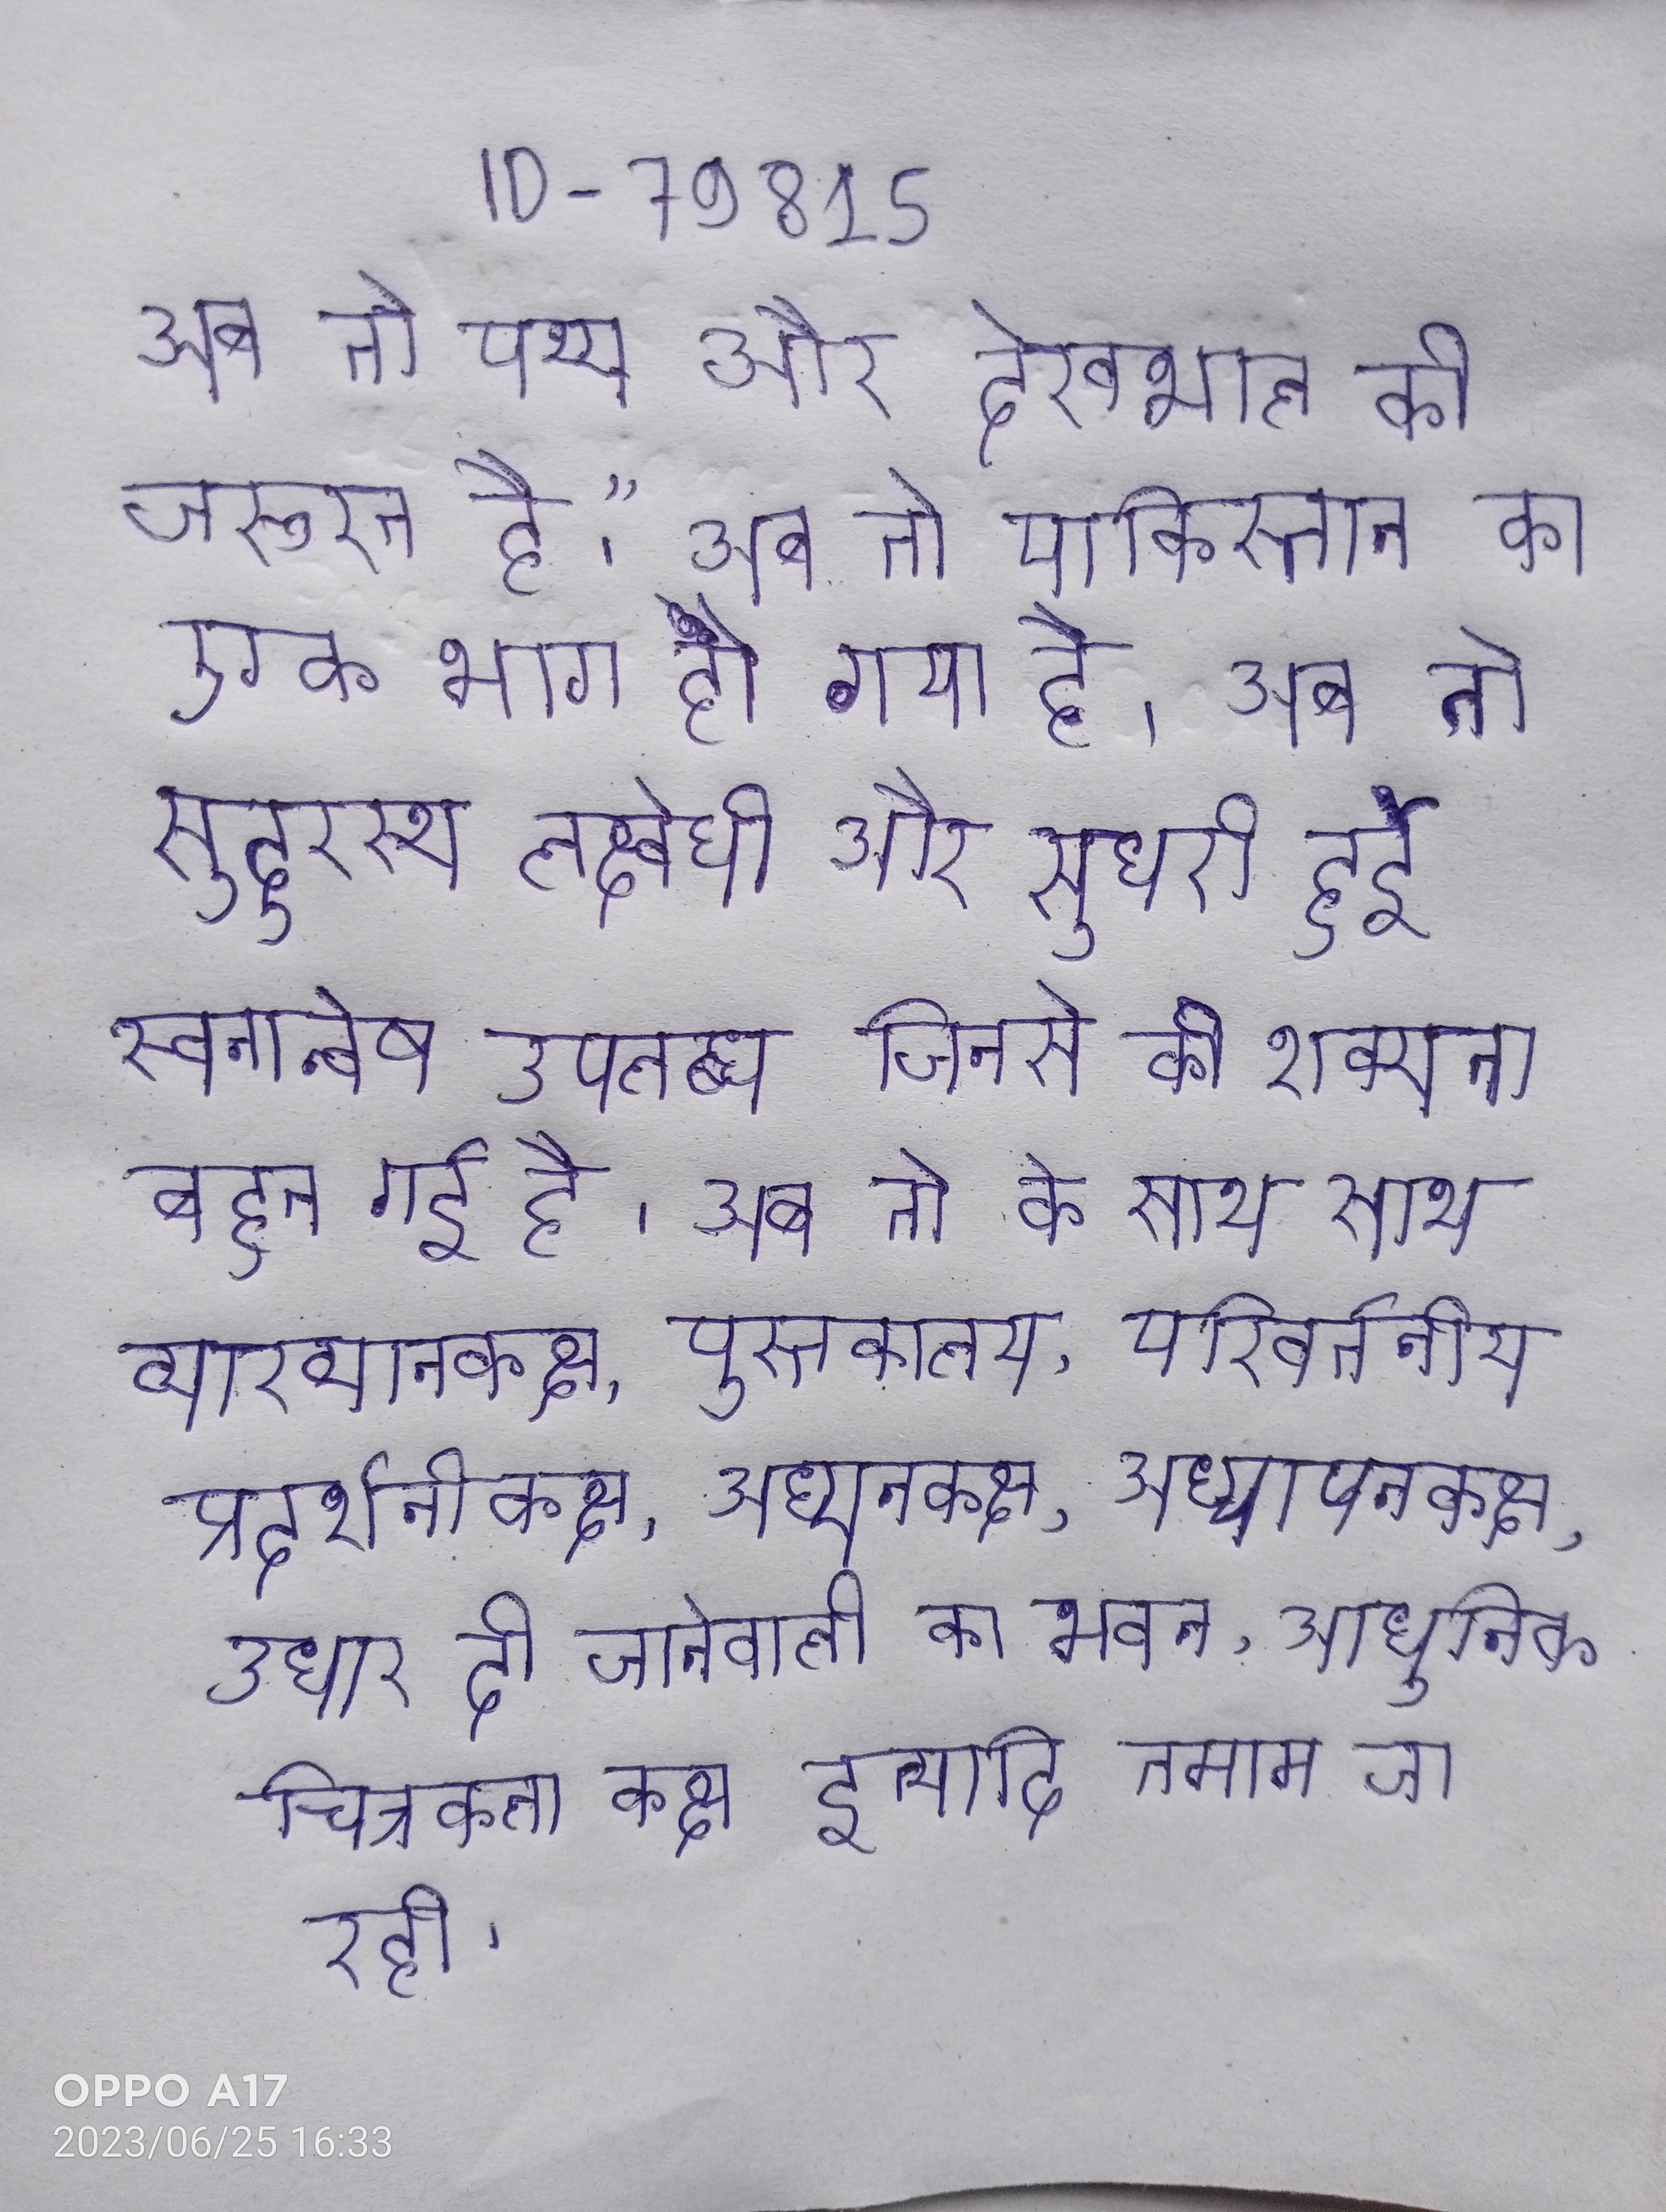
अब तो पथ्य और देखभाल की जरूरत है।" अब तो पाकिस्तान का एक भाग हो गया है । अब तो सुदूरस्थ लक्ष्वेधी और सुधरी हुई स्वनान्वेष उपलब्ध जिनसे की शक्यता बहुत गई है । अब तो के साथ साथ व्याख्यानकक्ष, पुस्तकालय, परिवर्तनीय प्रदर्शनीकक्ष, अध्ययनकक्ष, अध्यापनकक्ष, उधार दी जानेवाली का भवन, उधार गई का भवन, आधुनिक चित्रकला कक्ष इत्यादि तमाम जा रही ।